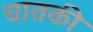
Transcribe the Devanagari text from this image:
चातकी